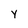
Character: Y